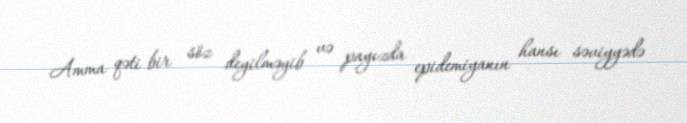
Amma qəti bir söz deyilməyib və payızda epidemiyanın hansı səviyyədə